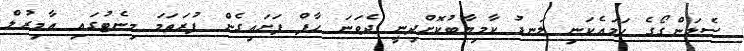
ސެލަންގޯގެ ހަމައެކަނި ލަނޑު ކާމިޔާބުކޮށްދިނީ ދެވަނަ ހާފް ފަށައިގެން ފުރަތަމަ މިނެޓުގައި އާމިރުލް